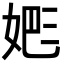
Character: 𡝕